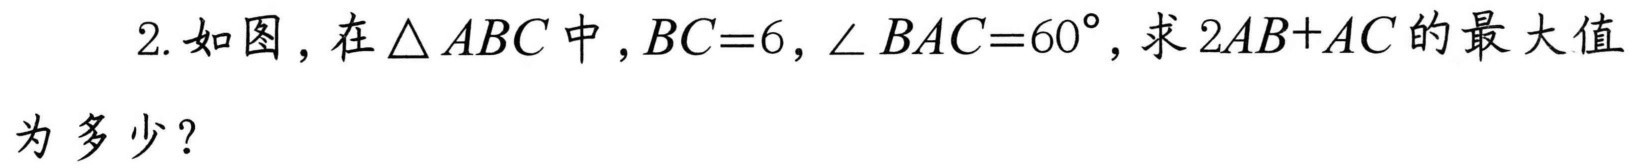
2. 如图，在\(\triangle ABC\)中，\(BC = 6\)，\(\angle BAC = 60^{\circ}\)，求 \(2AB + AC\) 的最大值
为多少？